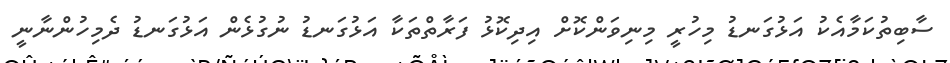
ސާބިތުކަމާއެކު އަޅުގަނޑު މިހުރީ މިނިވަންކޮށް އިދިކޮޅު ފަރާތްތަކާ އަޅުގަނޑު ނުގުޅެން އަޅުގަނޑު ދެމިހުންނާނީ